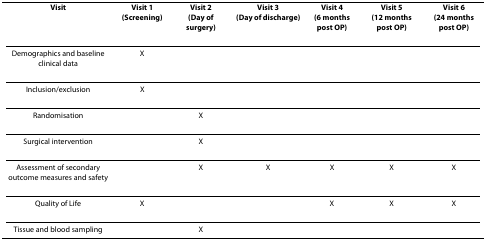
<table><thead><tr><td><b>Visit</b></td><td><b>Visit 1(Screening)</b></td><td><b>Visit 2(Day of surgery)</b></td><td><b>Visit 3(Day of discharge)</b></td><td><b>Visit 4(6 months post OP)</b></td><td><b>Visit 5(12 months post OP)</b></td><td><b>Visit 6(24 months post OP)</b></td></tr></thead><tbody><tr><td>Demographics and baseline clinical data</td><td>X</td><td></td><td></td><td></td><td></td><td></td></tr><tr><td>Inclusion/exclusion</td><td>X</td><td></td><td></td><td></td><td></td><td></td></tr><tr><td>Randomisation</td><td></td><td>X</td><td></td><td></td><td></td><td></td></tr><tr><td>Surgical intervention</td><td></td><td>X</td><td></td><td></td><td></td><td></td></tr><tr><td>Assessment of secondary outcome measures and safety</td><td></td><td>X</td><td>X</td><td>X</td><td>X</td><td>X</td></tr><tr><td>Quality of Life</td><td>X</td><td></td><td></td><td>X</td><td>X</td><td>X</td></tr><tr><td>Tissue and blood sampling</td><td></td><td>X</td><td></td><td></td><td></td><td></td></tr></tbody></table>